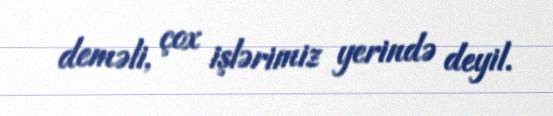
deməli, çox işlərimiz yerində deyil.